Indian journal of veterinary science and animal husbandry - Volumes 18-21, 1948-1951
Year: 1948
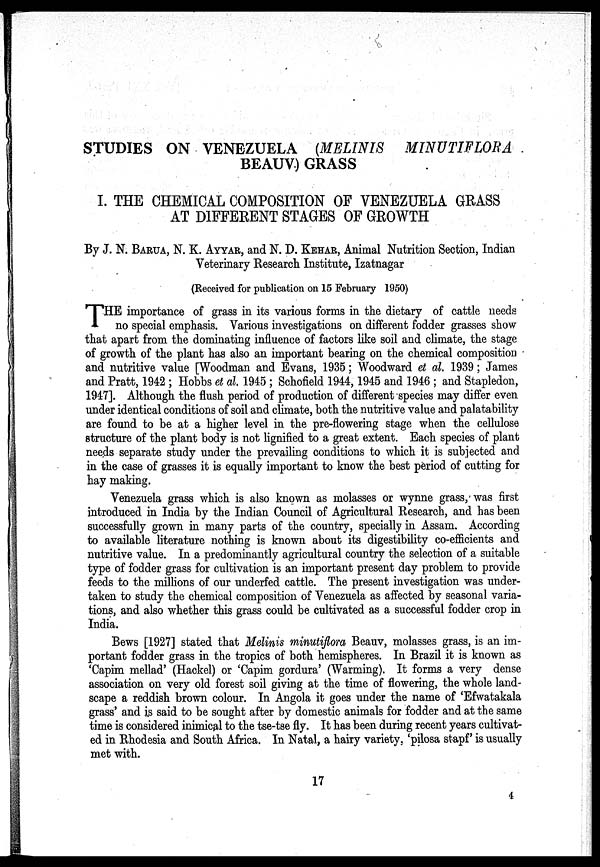
STUDIES ON VENEZUELA (MELINIS
MINUTIFLORA
BEAUV) GRASS
I. THE CHEMICAL COMPOSITION OF VENEZUELA GRASS
AT DIFFERENT STAGES OF GROWTH
By J. N. BARUA, N. K. AYYAR, and N. D. KEHAR, Animal Nutrition Section, Indian
Veterinary Research Institute, Izatnagar
(Received for publication on 15 February 1950)
T HE importance of grass in its various forms in the dietary of cattle needs
no special emphasis. Various investigations on different fodder grasses show
that apart from the dominating influence of factors like soil and climate, the stage
of growth of the plant has also an important bearing on the chemical composition
and nutritive value [Woodman and Evans, 1935 ; Woodward et al. 1939 ; James
and Pratt, 1942 ; Hobbs et al. 1945 ; Schofield 1944, 1945 and 1946 ; and Stapledon,
1947]. Although the flush period of production of different species may differ even
under identical conditions of soil and climate, both the nutritive value and palatability
are found to be at a higher level in the pre-flowering stage when the cellulose
structure of the plant body is not lignified to a great extent. Each species of plant
needs separate study under the prevailing conditions to which it is subjected and
in the case of grasses it is equally important to know the best period of cutting for
hay making.
Venezuela grass which is also known as molasses or wynne grass, was first
introduced in India by the Indian Council of Agricultural Research, and has been
successfully grown in many parts of the country, specially in Assam. According
to available literature nothing is known about its digestibility co-efficients and
nutritive value. In a predominantly agricultural country the selection of a suitable
type of fodder grass for cultivation is an important present day problem to provide
feeds to the millions of our underfed cattle. The present investigation was under-
taken to study the chemical composition of Venezuela as affected by seasonal varia-
tions, and also whether this grass could be cultivated as a successful fodder crop in
India.
Bews [1927] stated that Melinis minutiflora Beauv, molasses grass, is an im-
portant fodder grass in the tropics of both hemispheres. In Brazil it is known as
'Capim mellad' (Hackel) or 'Capim gordura' (Warming). It forms a very dense
association on very old forest soil giving at the time of flowering, the whole land-
scape a reddish brown colour. In Angola it goes under the name of 'Efwatakala
grass' and is said to be sought after by domestic animals for fodder and at the same
time is considered inimical to the tse-tse fly. It has been during recent years cultivat-
ed in Rhodesia and South Africa. In Natal, a hairy variety, 'pilosa stapf' is usually
met with.
17
4